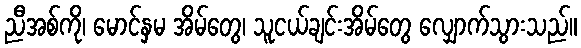
ညီအစ်ကို၊ မောင်နှမ အိမ်တွေ၊ သူငယ်ချင်းအိမ်တွေ လျှောက်သွားသည်။